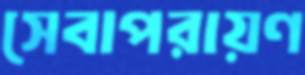
সেবাপরায়ণ